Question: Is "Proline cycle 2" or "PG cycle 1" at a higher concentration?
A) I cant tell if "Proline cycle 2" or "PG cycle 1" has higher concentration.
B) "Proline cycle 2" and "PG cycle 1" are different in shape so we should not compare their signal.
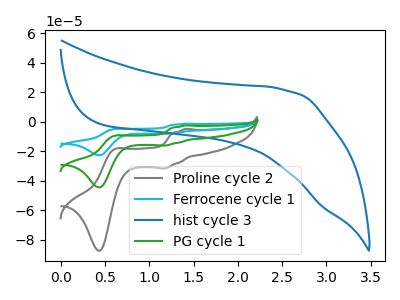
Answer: <think>The gray curve "Proline cycle 2" has anodic peaks at (1.40V, -4.65uA) (0.60V, -18.65uA) and cathodic peaks at (1.20V, -31.60uA) (0.45V, -87.45uA). The cyan curve "Ferrocene cycle 1" has anodic peaks at (1.40V, -4.75uA) (0.60V, -19.00uA) and cathodic peaks at (1.20V, -32.15uA) (0.45V, -88.95uA). The blue curve "hist cycle 3" has no peaks. The green curve "PG cycle 1" has anodic peaks at (1.40V, -2.35uA) (0.60V, -9.50uA) and cathodic peaks at (1.20V, -16.05uA) (0.45V, -44.50uA).
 All the peaks in "Proline cycle 2" have a peak in "PG cycle 1" at the same potential.</think>
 <answer>A) I cant tell if "Proline cycle 2" or "PG cycle 1" has higher concentration.</answer>
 <eval>A</eval>